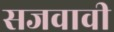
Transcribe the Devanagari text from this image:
सजवावी